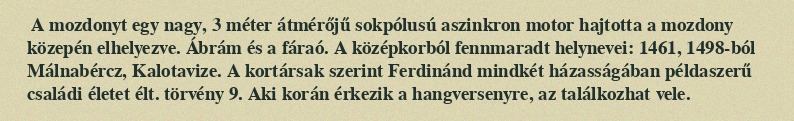
A mozdonyt egy nagy, 3 méter átmérőjű sokpólusú aszinkron motor hajtotta a mozdony közepén elhelyezve. Ábrám és a fáraó. A középkorból fennmaradt helynevei: 1461, 1498-ból Málnabércz, Kalotavize. A kortársak szerint Ferdinánd mindkét házasságában példaszerű családi életet élt. törvény 9. Aki korán érkezik a hangversenyre, az találkozhat vele.